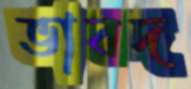
ভাবদ